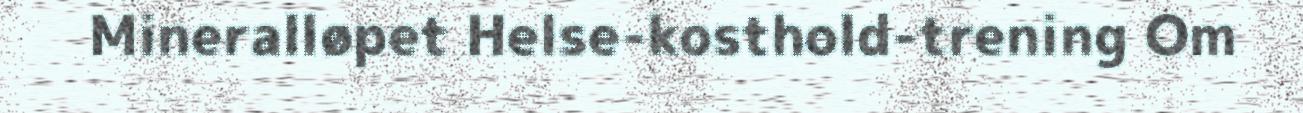
Mineralløpet Helse-kosthold-trening Om